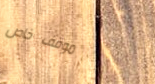
موقف خاص